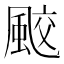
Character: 𩗒